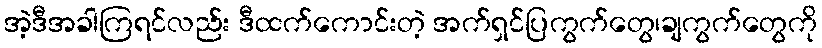
အဲ့ဒီအခါကြရင်လည်း ဒီထက်ကောင်းတဲ့ အက်ရှင်ပြကွက်တွေ၊ချကွက်တွေကို